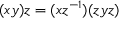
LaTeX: ( x y ) z = ( x z ^ { - 1 } ) ( z y z )